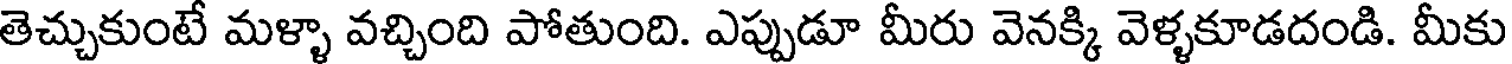
తెచ్చుకుంటే మళ్ళా వచ్చింది పోతుంది. ఎప్పుడూ మీరు వెనక్కి వెళ్ళకూడదండి. మీకు